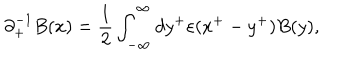
{ \partial } _ { + } ^ { - 1 } B ( x ) = \frac { 1 } { 2 } \int _ { - { \infty } } ^ { \infty } d y ^ { + } { \varepsilon } ( x ^ { + } - y ^ { + } ) B ( y ) ,